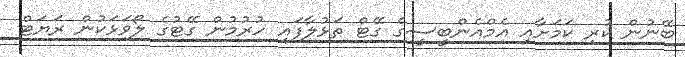
ބޭނުން ކުރި ކަމަށާއި އެމްއެންބީސީގެ ގޭޓް ތަޅުލާފައި ހުރުމުން ގޭޓުގެ ލޯވަޅަކުން ރަޔަޓް